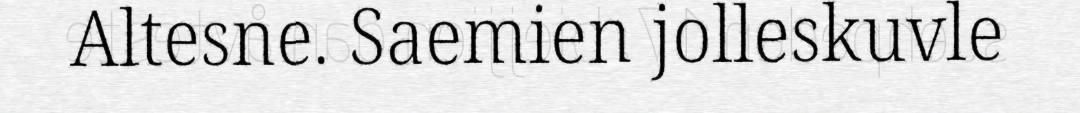
Altesne. Saemien jolleskuvle